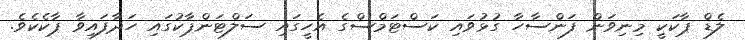
ލެޑް ޕާކަކީ މިނިވަން ފަންސާހާ ގުޅުވައި ކަސްޓަމްސްގެ އެހީގައި ސަލްޓަންޕާކުގައި ހަދާފައިވާ ޕާކެކެވެ.